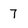
Character: 7